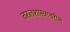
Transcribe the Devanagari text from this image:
तरलशास्त्रावरील